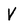
Character: V